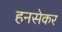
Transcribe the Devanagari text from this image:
हनसेकर